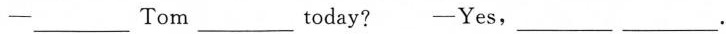
-___ Tom ____ today? -Yes，___ ___.